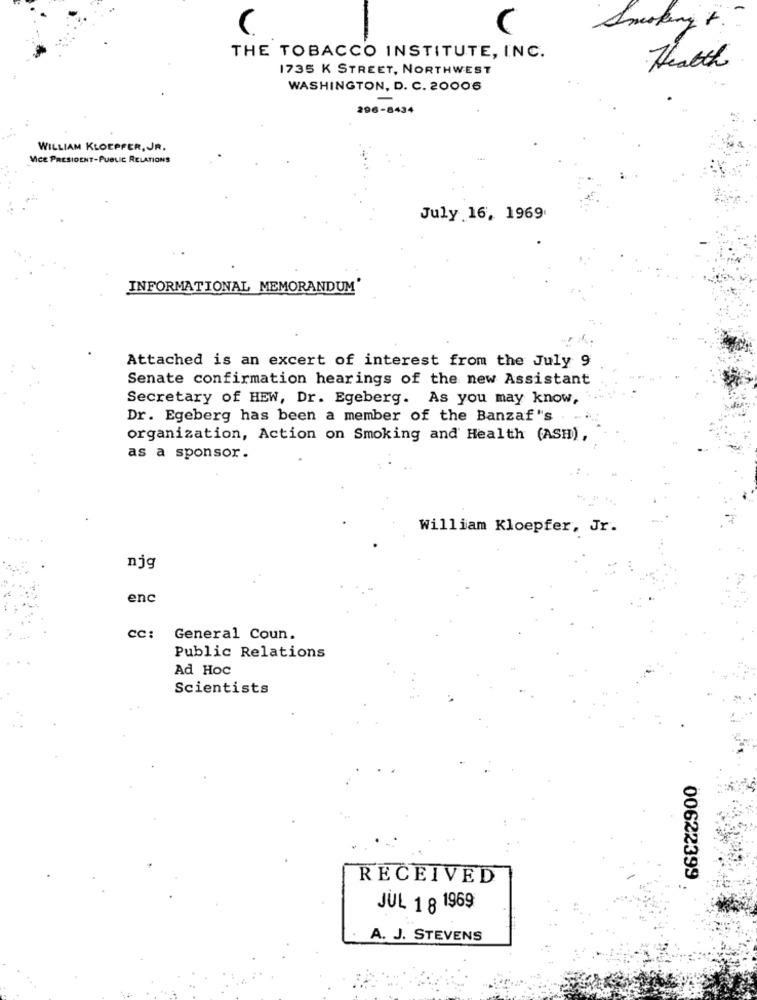
Smoking 4.
THE TOBACCO INSTITUTE, INC.
1735 K STREET, NORTHWEST
Thatth
WASHINGTON, D. C. 20006
296-8434
WILLIAM KLOEPFER, JR.
VICE PRESIDENT-PUBLIC RELATIONS
July 16, 1969
INFORMATIONAL MEMORANDUM
Attached is an excert of interest from the July 9
Senate confirmation hearings of the new Assistant
Secretary of HEW, Dr. Egeberg. As you may know,
Dr. Egeberg has been a member of the Banzaf's
organization, Action on Smoking and Health (ASH),
as a sponsor.
William Kloepfer, Jr.
njg
enc
cc:
General Coun.
Public Relations
Ad Hoc
Scientists
RECEIVED
00622399
JUL 1 8 1969
A. J. STEVENS